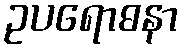
ဥပရောဓနာ